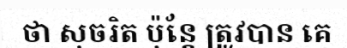
ថា សុចរិត ប៉ុន្តែ ត្រូវបាន គេ